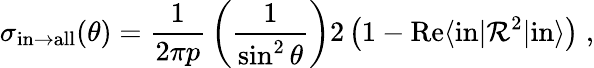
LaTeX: \sigma_{\mathrm{in}\to\mathrm{all}}(\theta)={\frac{1}{2\pi p}}\left({\frac{1}{\sin^{2}{\theta}}}\right)2\left(1-\mathrm{Re}\langle\mathrm{in}|{\cal R}^{2}|\mathrm{in}\rangle\right)\; ,